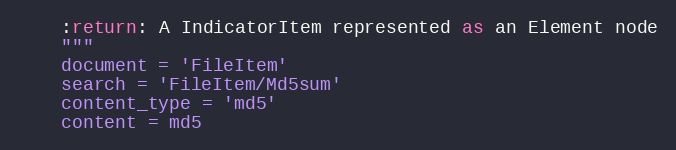
Language: Python
    :return: A IndicatorItem represented as an Element node
    """
    document = 'FileItem'
    search = 'FileItem/Md5sum'
    content_type = 'md5'
    content = md5